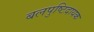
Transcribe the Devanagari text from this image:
बलपुष्टिदायक